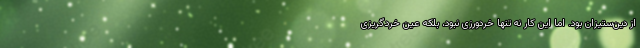
از دین‌ستیزان بود. اما این کار نه تنها خردورزی نبود، بلکه عین خردگریزی